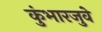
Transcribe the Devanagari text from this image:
कुंभारजुवे